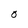
Character: O